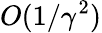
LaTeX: O(1/\gamma^{2})